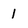
Character: 1